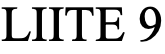
LIITE 9